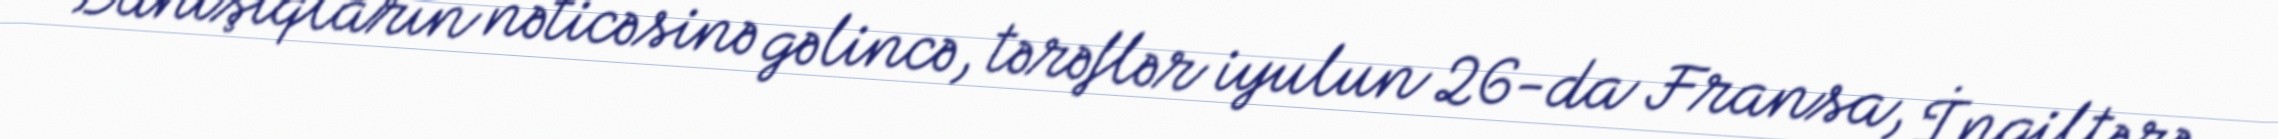
Danışıqların nəticəsinə gəlincə, tərəflər iyulun 26-da Fransa, İngiltərə,